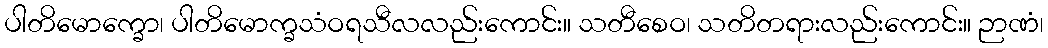
ပါတိမောက္ခော၊ ပါတိမောက္ခသံဝရသီလလည်းကောင်း။ သတီစေဝ၊ သတိတရားလည်းကောင်း။ ဉာဏံ၊